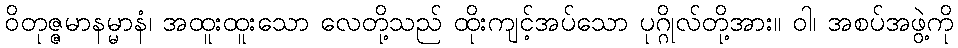
ဝိတုဇ္ဇမာနမ္မာနံ၊ အထူးထူးသော လေတို့သည် ထိုးကျင့်အပ်သော ပုဂ္ဂိုလ်တို့အား။ ဝါ၊ အစပ်အဖွဲ့ကို